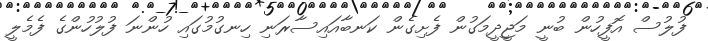
ފުލުސް އޮފީހުން ބުނީ މަޖީދީމަގުން ފެށިގެން ކަނބާއައިސާރަނި ހިނގުމުގައި ހުންނަ ފުލުހުންގެ ފެމެލީ